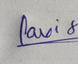
Signature authenticity: genuine